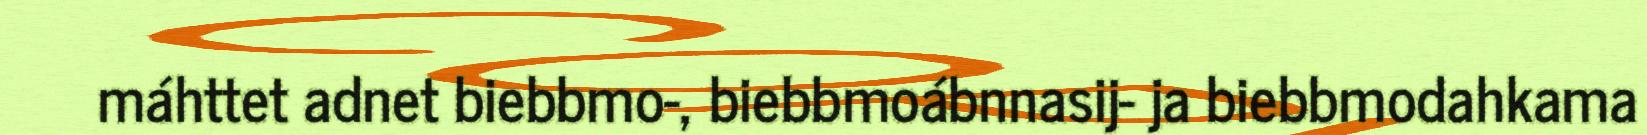
máhttet adnet biebbmo-, biebbmoábnnasij- ja biebbmodahkama